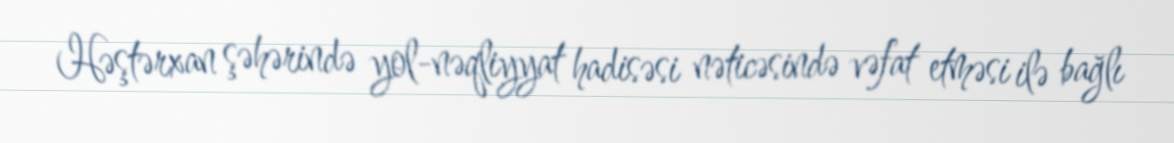
Həştərxan şəhərində yol-nəqliyyat hadisəsi nəticəsində vəfat etməsi ilə bağlı